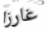
غارزا